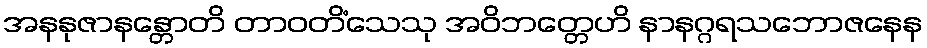
အနနုဇာနန္တောတိ တာဝတိံသေသု အဝိဘတ္တေဟိ နာနဂ္ဂရသဘောဇနေန